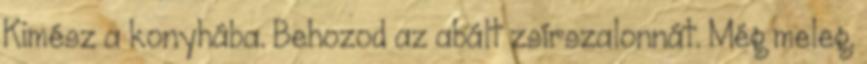
Kimész a konyhába. Behozod az abált zsírszalonnát. Még meleg.